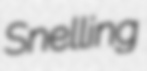
Snelling